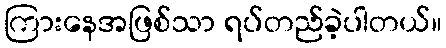
ကြားနေအဖြစ်သာ ရပ်တည်ခဲ့ပါတယ်။